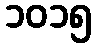
၁၀၁၅